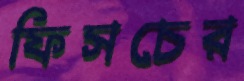
ফিসচের